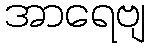
အာရေဗျ